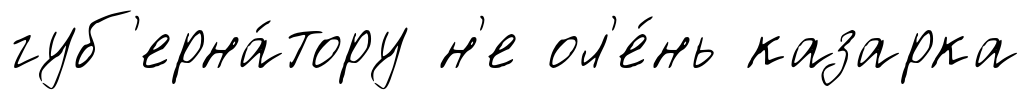
губ'ерна́тору н'е ол'е́нь казарка